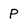
Character: P